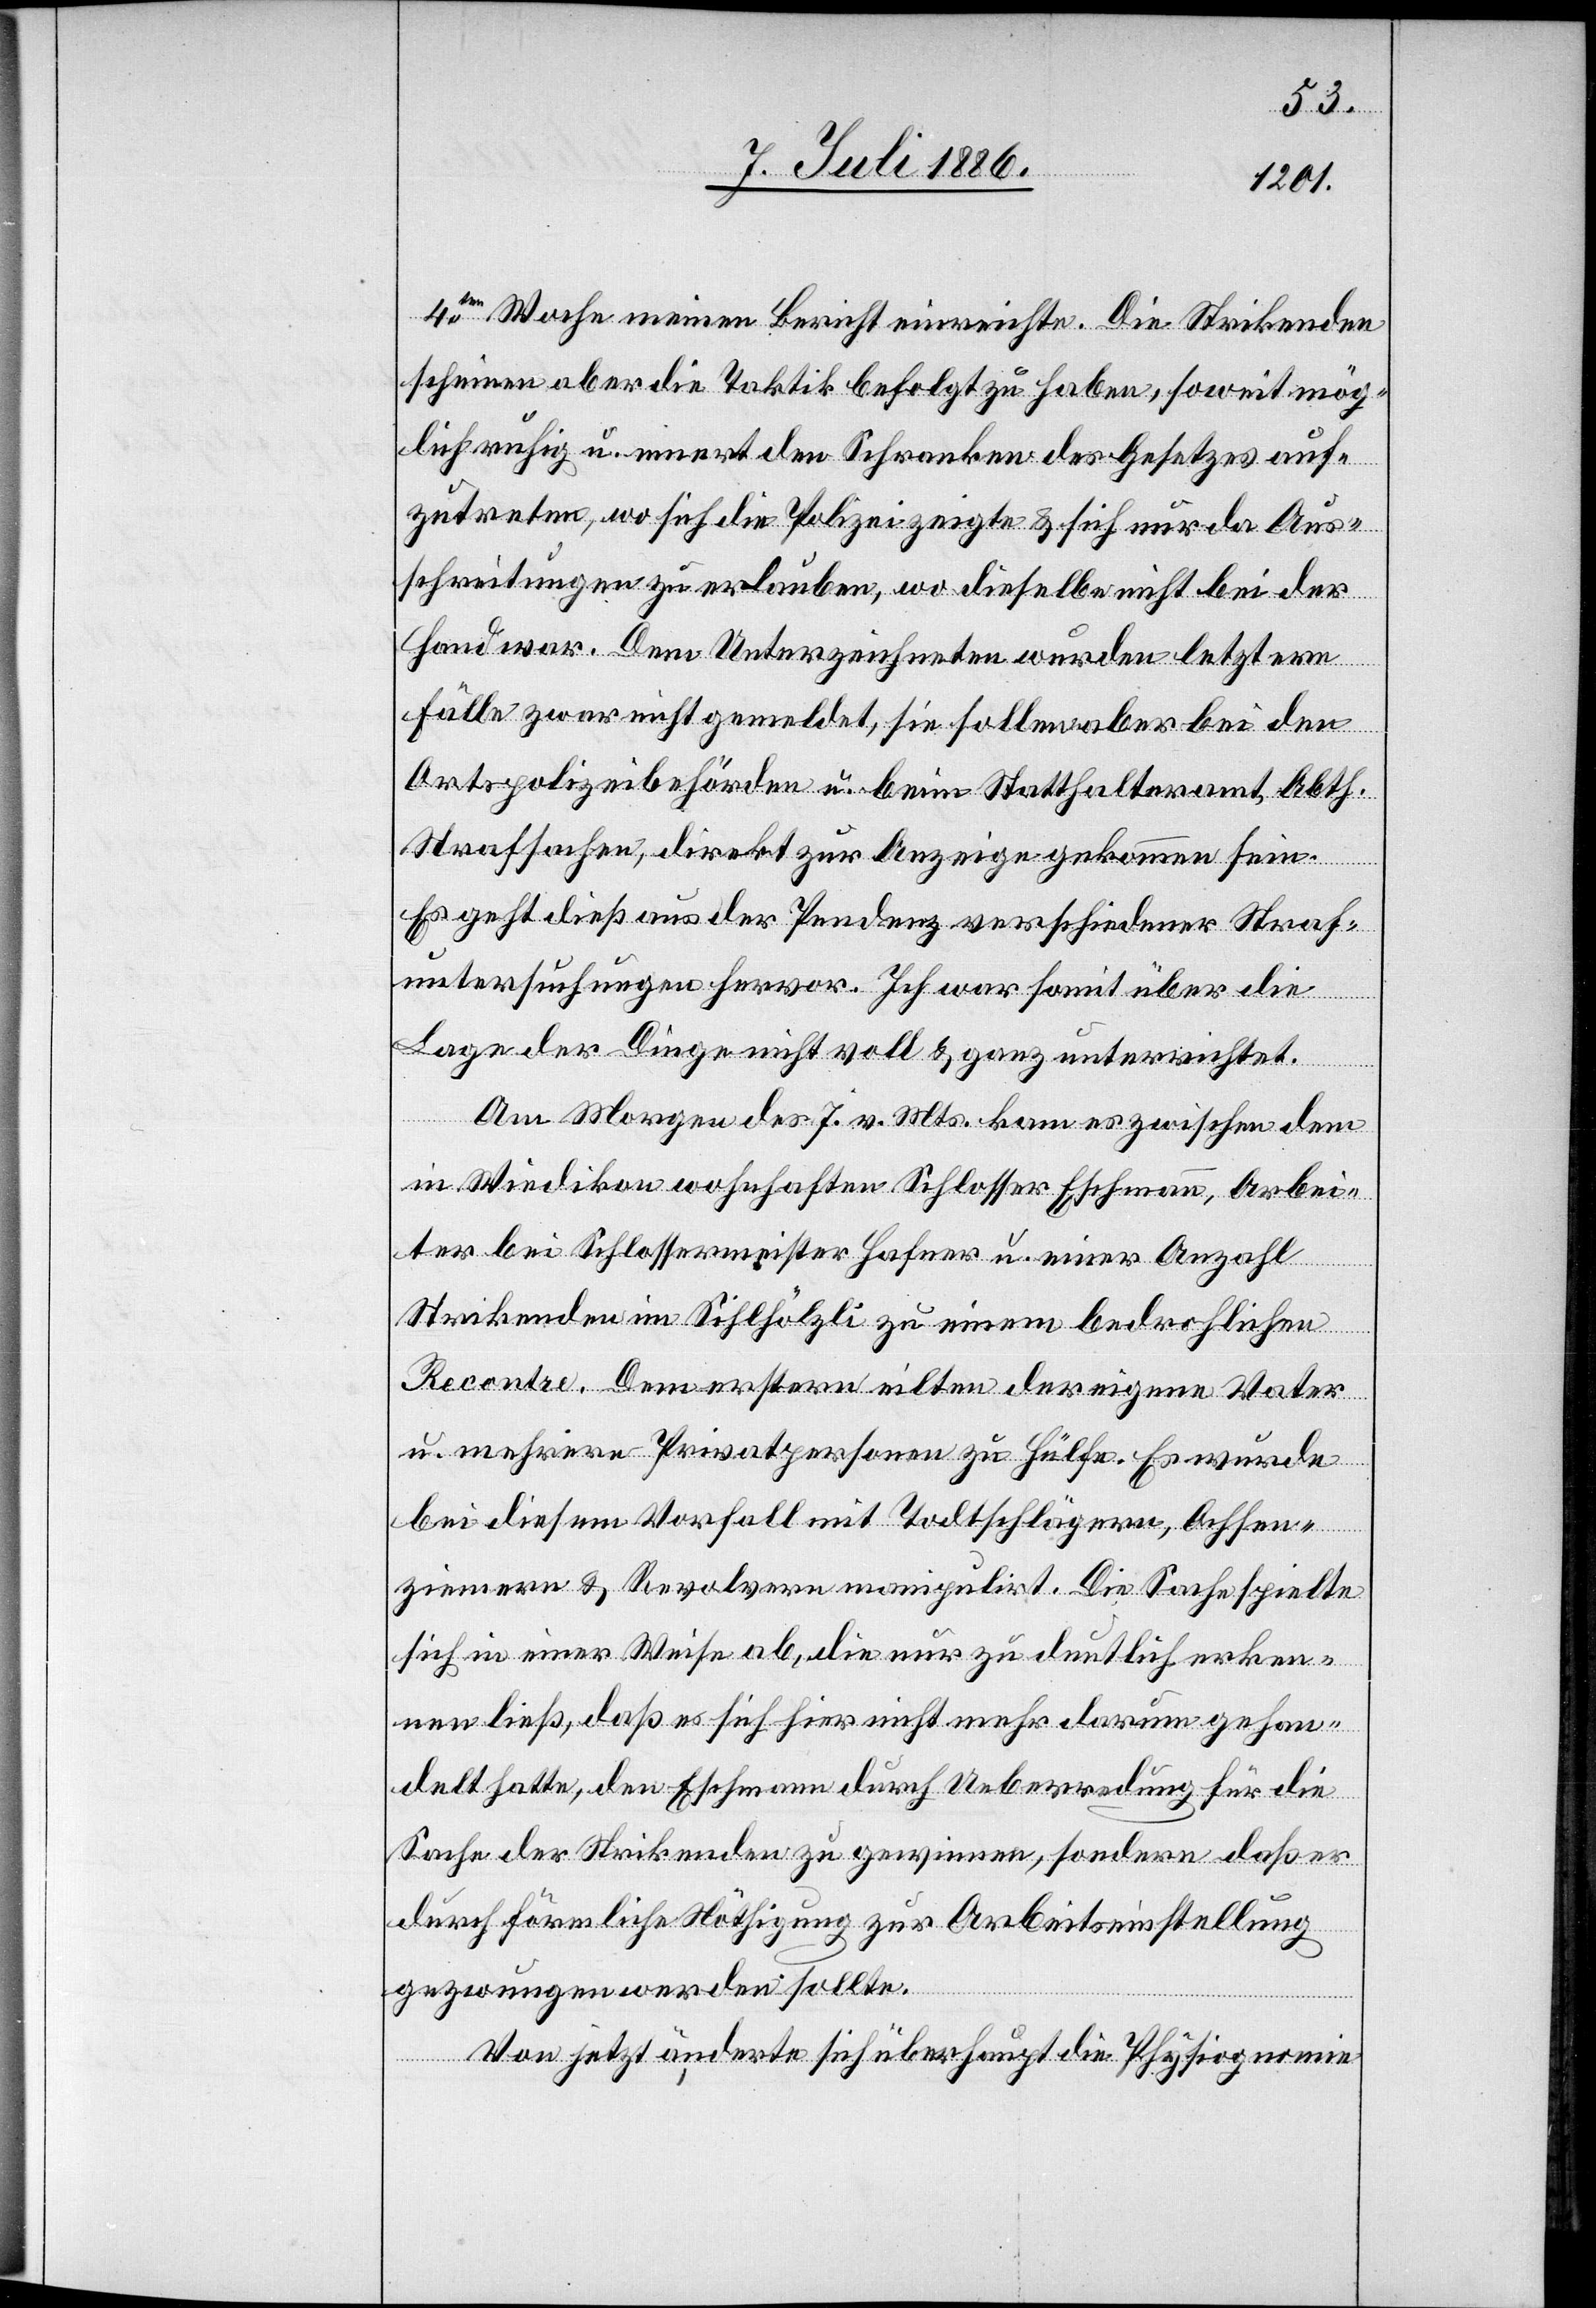
4ten Woche meinen Bericht einreichte. Die Strikenden
scheinen aber die Taktik befolgt zu haben, soweit mög¬
lich ruhig u. innert den Schranken des Gesetzes auf¬
zutreten, wo sich die Polizei zeigte & sich nur da Aus¬
schreitungen zu erlauben, wo dieselbe nicht bei der
Hand war. Dem Unterzeichneten wurden letztere
Fälle zwar nicht gemeldet, sie sollen aber bei den
Ortspolizeibehörden u. beim Statthalteramt, Abth.
Strafsachen, direkt zur Anzeige gekommen sein.
Es geht dieß aus der Pendenz verschiedener Straf¬
untersuchungen hervor. Ich war somit über die
Lage der Dinge nicht voll & ganz unterrichtet.
Am Morgen des 7. v. Mts. kam es zwischen dem
in Wiedikon wohnhaften Schlosser Eschmann, Arbei¬
ter bei Schlossermeister Hafner u. einer Anzahl
Strikenden im Sihlhölzli zu einem bedrohlichen
Re[n]contre. Dem erstern eilten der eigene Vater
u. mehrere Privatpersonen zu Hülfe. Es wurde
bei diesem Vorfall mit Todtschlägern, Ochsen¬
ziemern & Revolvern manipulirt. Die Sache spielte
sich in einer Weise ab, die nur zu deutlich erken¬
nen ließ, daß es sich hier nicht mehr darum gehan¬
delt hatte, den Eschmann durch Ueberredung für die
Sache der Strikenden zu gewinnen, sondern daß er
durch förmliche Nöthigung zur Arbeitseinstellung
gezwungen werden wollte.
Von jetzt änderte sich überhaupt die Physiognomie